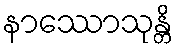
နာဿောသုန္တိ